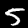
Label: 5